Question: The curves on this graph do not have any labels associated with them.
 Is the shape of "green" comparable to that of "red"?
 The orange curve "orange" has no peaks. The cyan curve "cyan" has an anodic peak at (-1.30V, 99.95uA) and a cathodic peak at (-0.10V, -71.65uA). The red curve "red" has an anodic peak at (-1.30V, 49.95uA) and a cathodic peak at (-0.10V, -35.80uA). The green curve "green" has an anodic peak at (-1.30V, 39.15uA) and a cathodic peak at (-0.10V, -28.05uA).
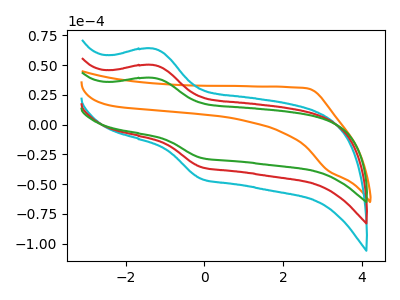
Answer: <think>All the peaks in "green" have a peak in "red" at the same potential. Every peak in "green" is lower than every peak in "red".
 </think>
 <answer>"green" and "red" are similar in shape.</answer>
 <eval>same_shape</eval>